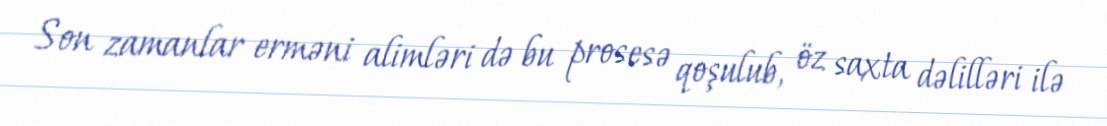
Son zamanlar erməni alimləri də bu prosesə qoşulub, öz saxta dəlilləri ilə